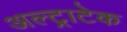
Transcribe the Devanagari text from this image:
अल्‍ट्राटेक